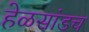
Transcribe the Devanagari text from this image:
हेळसांडच